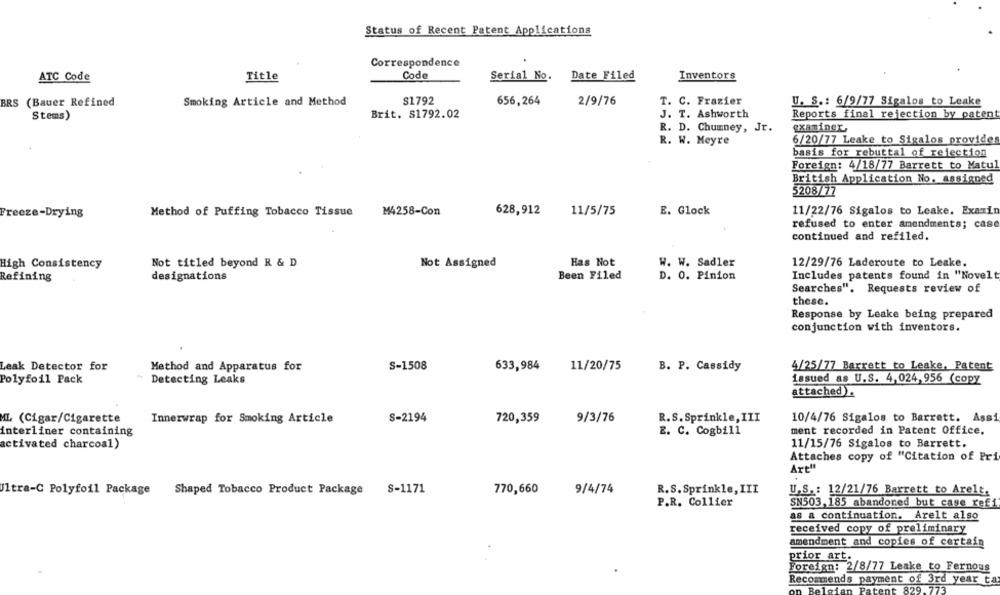
Status of Recent Patent Applications
Correspondence
Title
Code
Date Filed
Inventors
ATC Code
Serial No.
BRS (Bauer Refined
S1792
656,264
2/9/76
T. C. Frazier
Smoking Article and Method
U. S .: 6/9/77 Sigalos to Leake
Stems)
Brit. 81792.02
J. T. Ashworth
Reports final rejection by patent
R. D. Chumney, Jr.
examiner,
R. W. Meyre
6/20/77 Leake to Sigalos provides
basis for rebuttal of rejection
Foreign: 4/18/77 Barrett to Matul
British Application No. assigned
5208/77
Freeze-Drying
Method of Puffing Tobacco Tissue
M4258-Con
628,912
11/5/75
E. Glock
11/22/76 Sigalos to Leake. Examin
refused to enter amendments; case
continued and refiled.
High Consistency
Not titled beyond R & D
Not Assigned
Has Not
W. W. Sadler
12/29/76 Laderoute to Leake.
Refining
designations
Been Filed
D. O. Pinion
Includes patents found in "Novelt
Searches". Requests review of
these.
Response by Leake being prepared
conjunction with inventors.
Leak Detector for
Method and Apparatus for
S-1508
633,984
11/20/75
B. P. Cassidy
4/25/77 Barrett to Leake, Patent
Polyfoil Pack
Detecting Leaks
issued as U.S. 4,024, 956 (copy
attached).
ML (Cigar/Cigarette
Innerwrap for Smoking Article
S-2194
720,359
9/3/76
R.S.Sprinkle,III
10/4/76 Sigalos to Barrett. Assi
interliner containing
E. C. Cogbill
ment recorded in Patent Office.
activated charcoal)
11/15/76 Sigalos to Barrett.
Attaches copy of "Citation of Pri
Art"
Ultra-C Polyfoil Package
Shaped Tobacco Product Package S-1171
770,660
9/4/74
R.S.Sprinkle, III
U.S .: 12/21/76 Barrett to Arelt.
P.R. Collier
SN503,185 abandoned but case refi
as a continuation. Arelt also
received copy of preliminary
amendment and copies of certain
prior art.
Foreign: 2/8/77 Leake to Fernous
Recommends payment of 3rd year ta
829.77